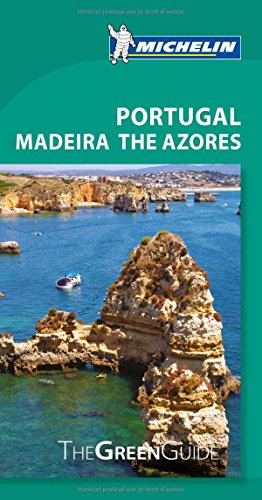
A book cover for Michelin Green Guide Portugal Madeira The Azores (Green Guide/Michelin); Michelin; Travel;